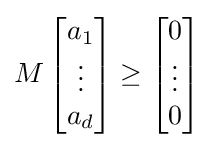
M\left[{\begin{matrix}a_{1}\\\vdots \\a_{d}\end{matrix}}\right]\geq \left[{\begin{matrix}0\\\vdots \\0\end{matrix}}\right]